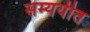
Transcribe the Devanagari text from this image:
सम्ययीत